Report on malaria in the Punjab during the year ...  together with an account of the work of the Punjab Malaria Bureau - Volume 2
Disease focus: Malaria
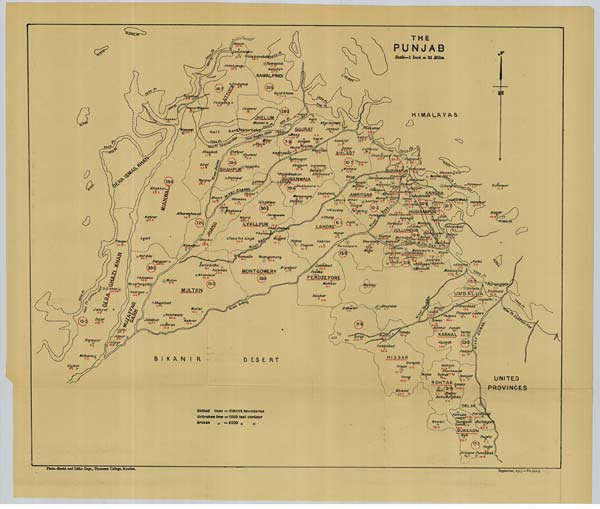
Photo.-Mechl. and Litho. Dept., Thomason College, Roorkee.
September, 1915.—No.3611-5